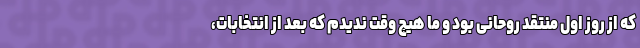
که از روز اول منتقد روحانی بود و ما هیچ وقت ندیدم که بعد از انتخابات،